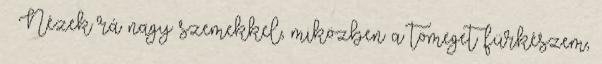
– Nézek rá nagy szemekkel, miközben a tömeget fürkészem,